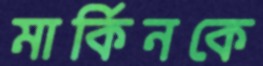
মার্কিনকে